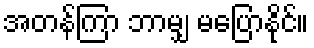
အတန်ကြာ ဘာမျှ မပြောနိုင်။